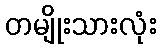
တမျိုးသားလုံး